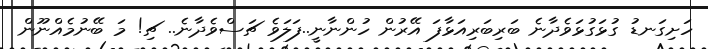
ހަށިގަނޑު ގުޅަގުޅަވެދާނެ ބަރިބަރިއަޅާފަ އޭރުން ހުންނާނީ..ފަލަވެ ޗަސްވެދާނެ.. ޗި! މަ ބޭނުމެއްނޫން